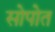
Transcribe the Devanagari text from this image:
सोपोत